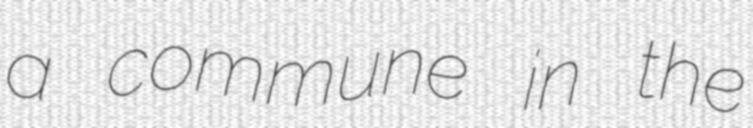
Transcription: a commune in the